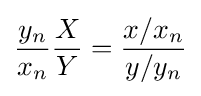
{\frac {y_{n}}{x_{n}}}{\frac {X}{Y}}={\frac {x/x_{n}}{y/y_{n}}}